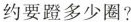
约要蹬多少圈?